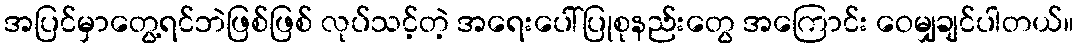
အပြင်မှာတွေ့ရင်ဘဲဖြစ်ဖြစ် လုပ်သင့်တဲ့ အရေးပေါ်ပြုစုနည်းတွေ အကြောင်း ဝေမျှချင်ပါတယ်။